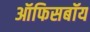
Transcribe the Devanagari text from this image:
ऑफिसबॉय